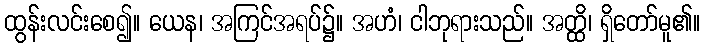
ထွန်းလင်းစေ၍။ ယေန၊ အကြင်အရပ်၌။ အဟံ၊ ငါဘုရားသည်။ အတ္ထိ၊ ရှိတော်မူ၏။